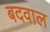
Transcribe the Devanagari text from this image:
बदवाल